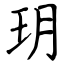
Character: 玥